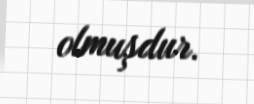
olmuşdur.